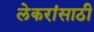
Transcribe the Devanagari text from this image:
लेकरांसाठी